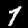
Digit: 1